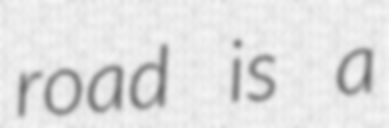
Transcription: road is a